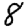
Digit: 8